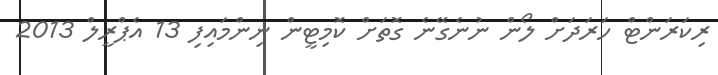
ރިކަރަންޓް ހަރަދަށް ލޯން ނުނެގޭނެ ގޮތަށް ކޮމިޓީން ނިންމައިފި 13 އެޕްރީލް 2013